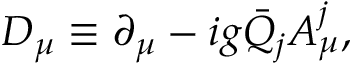
D _ { \mu } \equiv \partial _ { \mu } - i g { \bar { Q } _ { j } } A _ { \mu } ^ { j } ,